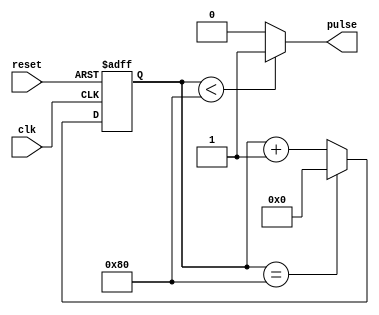
module DutyCyclePulseGenerator (
    input wire clk,
    input wire reset,
    output reg pulse
);

reg [7:0] counter;
parameter THRESHOLD = 128; // Set threshold for duty cycle comparison

always @ (posedge clk or posedge reset)
begin
    if (reset)
        counter <= 0;
    else if (counter == THRESHOLD)
        counter <= 0;
    else
        counter <= counter + 1;
end

assign pulse = (counter < THRESHOLD) ? 1 : 0;

endmodule